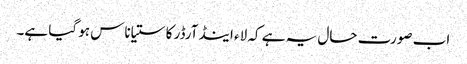
اب صورت حال یہ ہے کہ لاء اینڈ آرڈر کا ستیاناس ہو گیا ہے۔